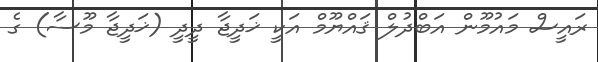
ރައީސް މައުމޫން އަބްދުލް ޤައްޔޫމް އަކީ ޚަދީޖާ ދީދީ (ޚަދީޖާ މޫސާ) ގެ